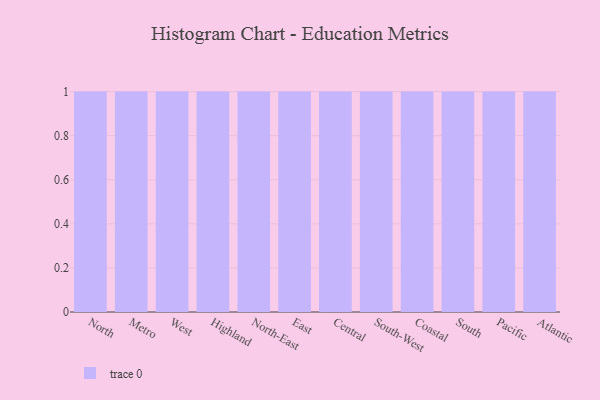
{"axis": {"x": "Region", "y": "Revenue (USD Million)"}, "legend": [""], "data": [{"x": "North", "y": 68, "type": ""}, {"x": "Metro", "y": 100, "type": ""}, {"x": "West", "y": 18, "type": ""}, {"x": "Highland", "y": 53, "type": ""}, {"x": "North-East", "y": 88, "type": ""}, {"x": "East", "y": 39, "type": ""}, {"x": "Central", "y": 52, "type": ""}, {"x": "South-West", "y": 98, "type": ""}, {"x": "Coastal", "y": 75, "type": ""}, {"x": "South", "y": 75, "type": ""}, {"x": "Pacific", "y": 4, "type": ""}, {"x": "Atlantic", "y": 93, "type": ""}]}